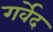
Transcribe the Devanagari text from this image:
गर्वेद